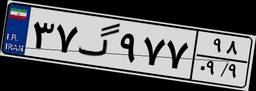
۳۷گ۹۷۷۹۸